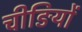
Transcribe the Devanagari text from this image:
चीङियों